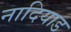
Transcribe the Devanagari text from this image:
नादियाड